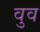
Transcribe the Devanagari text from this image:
वुव